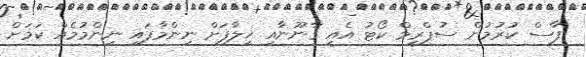
ފާސް ކުރުމުން ސުޕްރީމް ކޯޓު އެއީ ޤާނޫނާއި ޚިލާފަށް ނިންމާފައި ނިންމުމެއް ކަމަށް